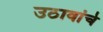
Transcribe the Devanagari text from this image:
उठावांचे